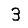
Digit: 3